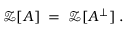
{ \mathcal Z } [ A ] \; = \; { \mathcal Z } [ A ^ { \perp } ] \; .